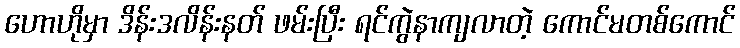
ဟောဟိုမှာ ဒိန်းဒလိန်းနတ် ဖမ်းပြီး ရင်ကွဲနာကျလာတဲ့ ကောင်မတစ်ကောင်